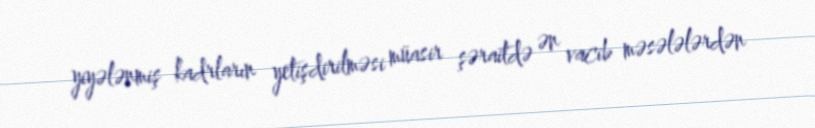
yiyələnmiş kadrların yetişdirilməsi müasir şəraitdə ən vacib məsələlərdən